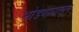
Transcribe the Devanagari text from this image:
भांडणापासून